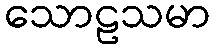
သောဠသမာ